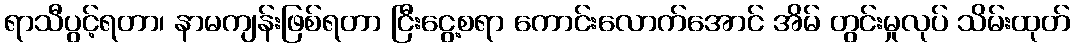
ရာသီပွင့်ရတာ၊ နာမကျန်းဖြစ်ရတာ ငြီးငွေ့စရာ ကောင်းလောက်အောင် အိမ် တွင်းမှုလုပ် သိမ်းထုတ်